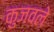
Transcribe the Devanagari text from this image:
कुजवले